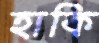
হাকি